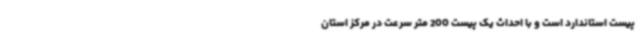
پیست استاندارد است و با احداث یک پیست 200 متر سرعت در مرکز استان